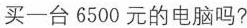
买一台6500元的电脑吗?